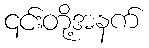
၎င်းတို့အနက်